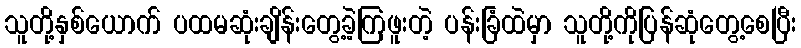
သူတို့နှစ်ယောက် ပထမဆုံးချိန်းတွေ့ခဲ့ကြဖူးတဲ့ ပန်းခြံထဲမှာ သူတို့ကိုပြန်ဆုံတွေ့စေပြီး